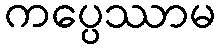
ကပ္ပေဿာမ